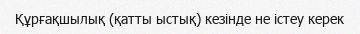
Құрғақшылық (қатты ыстық) кезінде не істеу керек